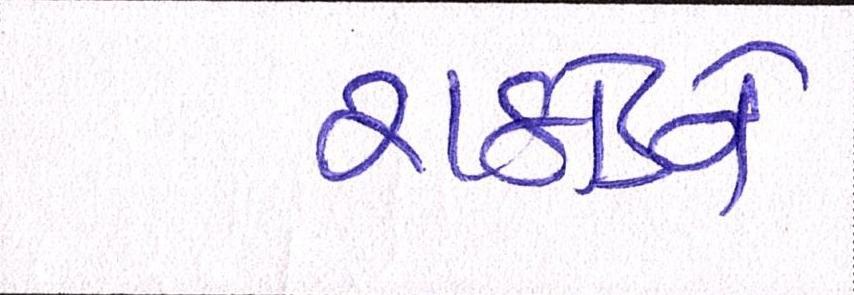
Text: રાઠોડને